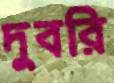
দুবরি